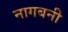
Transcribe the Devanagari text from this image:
नागबनी